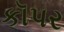
કૉપર